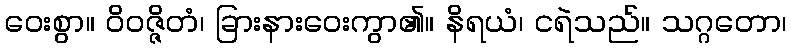
ဝေးစွာ။ ဝိဝဇ္ဇိတံ၊ ခြားနားဝေးကွာ၏။ နိရယံ၊ ငရဲသည်။ သဂ္ဂတော၊